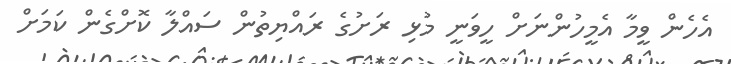
އެހެން ވީމާ އެމީހުންނަށް ހީވަނީ މުޅި ރަށުގެ ރައްޔިތުން ސައްލާ ކޮށްގެން ކަމަށް